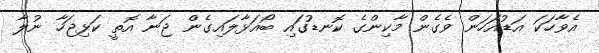
އެވާހަކަ އަޑުއަހަން ވެގެން މާކިންގެ ކޮނޑުގައި ބޯއަޅާލައިގެން ޖަނާ އޮތީ ކަޅިޖަހާ ނުލާ